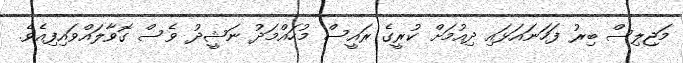
މަޖިލިސް ބިރު ފަހަނައަޅައި ދިއުމަށް ކުރީގެ ރައީސް މުހައްމަދު ނަޝީދު ވެސް ގޮވާލައްވައިފިއެވެ.